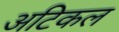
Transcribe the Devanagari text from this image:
अटिकल